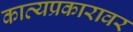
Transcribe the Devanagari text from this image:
काव्यप्रकारावर